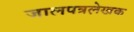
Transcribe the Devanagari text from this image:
जालपत्रले़खक